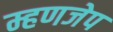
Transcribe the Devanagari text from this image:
म्हणजेप